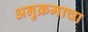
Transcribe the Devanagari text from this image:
अनुक्रमाचा